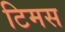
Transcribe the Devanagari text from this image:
टिमस